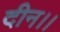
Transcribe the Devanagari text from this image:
दीन।।